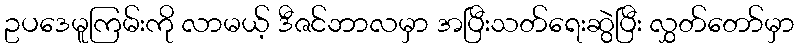
ဥပဒေမူကြမ်းကို လာမယ့် ဒီဇင်ဘာလမှာ အပြီးသတ်ရေးဆွဲပြီး လွှတ်တော်မှာ